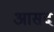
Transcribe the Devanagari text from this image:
आसद